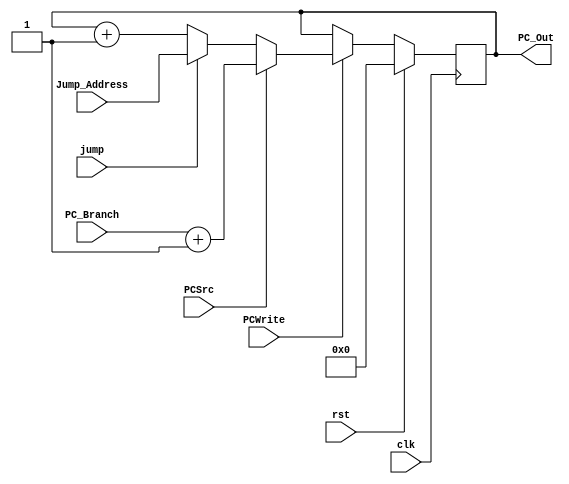
module PC_PP(
 input clk,
 input rst,
 input PCSrc,
 input [31:0] PC_Branch,
 input [31:0] Jump_Address,
 input jump,
 input PCWrite,
 output reg [31:0] PC_Out
);

always@(posedge clk) begin 
 if (rst == 1)
  PC_Out <= 0;
 else if (PCWrite == 1'b1) begin
  if (PCSrc == 1'b1)
   PC_Out <= PC_Branch+1;
  else if (jump == 1'b1)
   PC_Out <= Jump_Address;
  else
   PC_Out <= PC_Out+1;
  end
end
endmodule